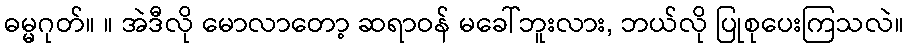
ဓမ္မဂုတ်။ ။ အဲဒီလို မောလာတော့ ဆရာဝန် မခေါ်ဘူးလား, ဘယ်လို ပြုစုပေးကြသလဲ။